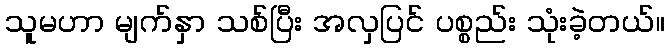
သူမဟာ မျက်နှာ သစ်ပြီး အလှပြင် ပစ္စည်း သုံးခဲ့တယ်။